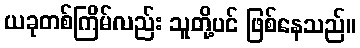
ယခုတစ်ကြိမ်လည်း သူတို့ပင် ဖြစ်နေသည်။